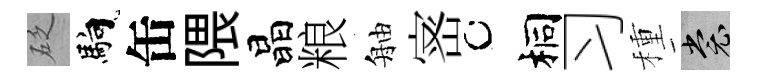
砭馿缶隈晶粮舳宻桐习種裳